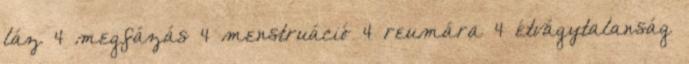
láz 4 megfázás 4 menstruáció 4 reumára 4 étvágytalanság